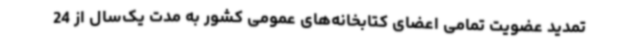
تمدید عضویت تمامی اعضای کتابخانه‌های عمومی کشور به مدت یک‌سال از 24